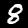
Digit: 8